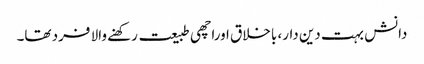
دانش بہت دین دار، باخلاق اوراچھی طبیعت رکھنے والا فرد تھا۔